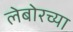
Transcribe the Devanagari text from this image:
लेबोरच्या